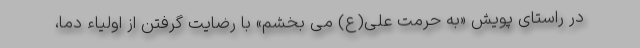
در راستای پویش «به حرمت علی(ع) می بخشم» با رضایت گرفتن از اولیاء دما،